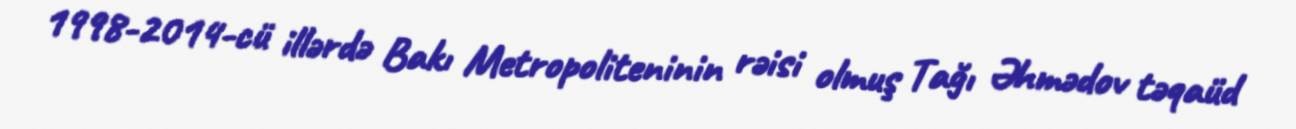
1998-2014-cü illərdə Bakı Metropoliteninin rəisi olmuş Tağı Əhmədov təqaüd